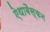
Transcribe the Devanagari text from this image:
ऐथाबैस्कन